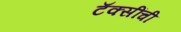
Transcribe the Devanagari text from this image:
टॅक्सींची